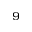
_ { 9 }